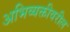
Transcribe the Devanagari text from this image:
अभिव्यक्तीवरील